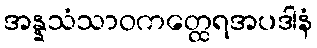
အန္နသံသာဝကတ္ထေရအပဒါနံ